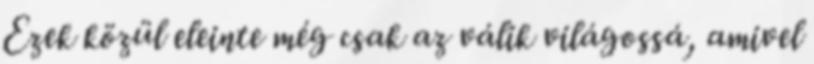
Ezek közül eleinte még csak az válik világossá, amivel